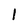
Character: 1